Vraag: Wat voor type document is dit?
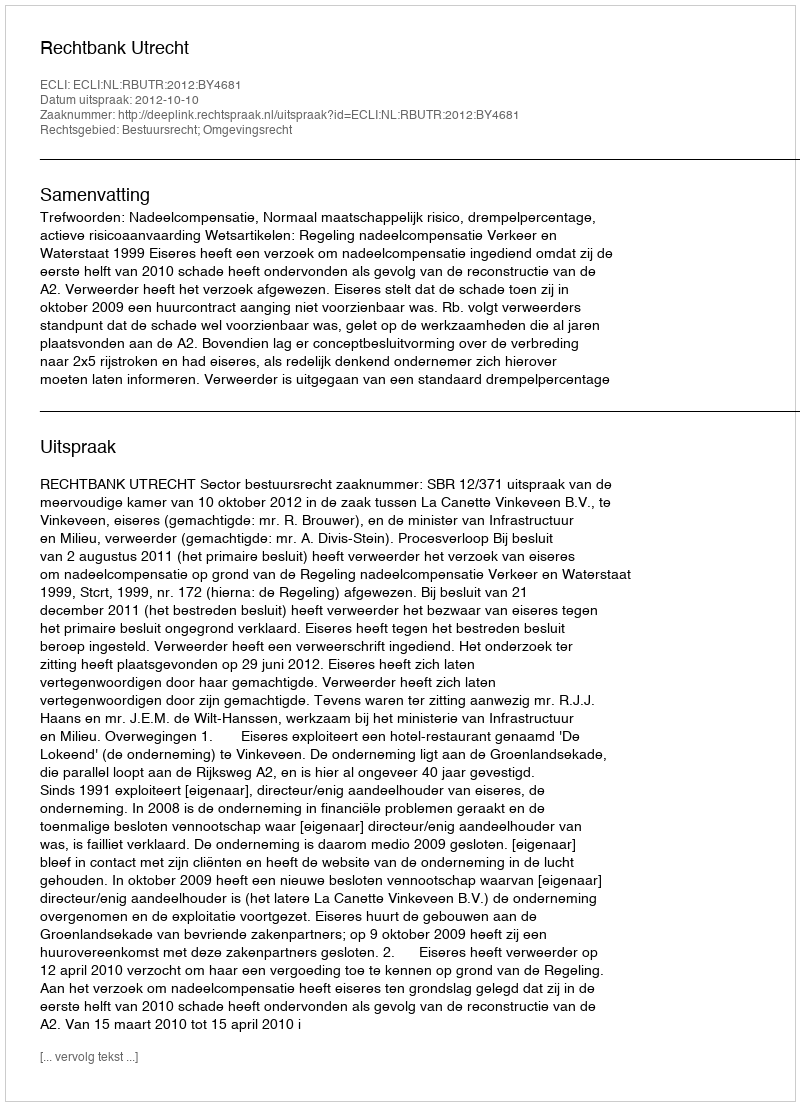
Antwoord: Uitspraak